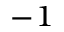
^ { - 1 }